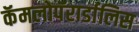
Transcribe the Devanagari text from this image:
कॅमलोपॅरार्डालिस